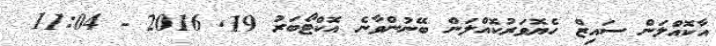
އާކޮއްލަން ސައިޒް ހެޔޮވަރުކޮއްލަން ބޭނުންވާނެ އޮކްޓޯބަރު 19